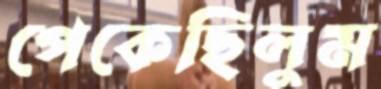
পেকেছিলুম